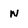
Character: w